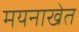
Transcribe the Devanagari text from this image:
मयनाखेत